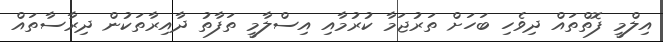
އިލްމީ ފޮތްތައް ދިވެހި ބަހަށް ތަރުޖަމާ ކުރުމާއި އިސްލާމީ ތަފާތު ދާއިރާތަކުން ދިރާސާތައް